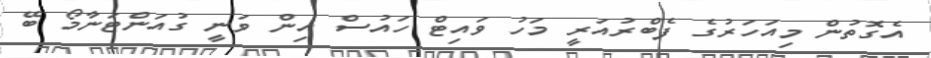
އެގޮތުން މިއަހަރުގެ ފެބްރުއަރީ މަހު ވައިޓް ހައުސް އިން ވަނީ ގުއަންޓަނާމޯ ބޭ